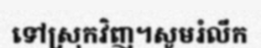
ទៅស្រុកវិញ។សូមរំលឹក